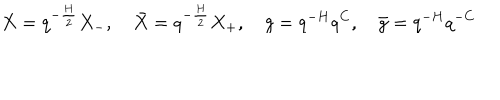
X = q ^ { - { \frac { H } { 2 } } } X _ { - } , \quad \bar { X } = q ^ { - { \frac { H } { 2 } } } X _ { + } , \quad g = q ^ { - H } q ^ { C } , \quad \bar { g } = q ^ { - H } q ^ { { - C } }